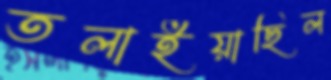
তলাইয়াছিল